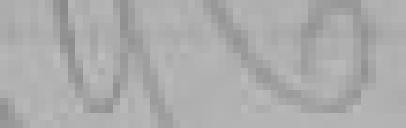
96